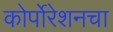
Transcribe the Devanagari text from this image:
कोर्पोरेशनचा